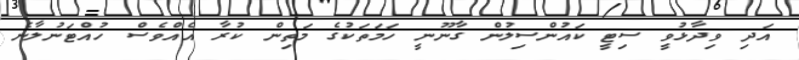
އަދި ވިދާޅުވީ ސިޓީ ކައުންސިލުން ގާނޫނީ ހަމަތަކުގެ މަތިން ކުރާ އެއްވެސް ހުއްޓަނުލާނެ